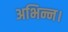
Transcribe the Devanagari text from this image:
अभिन्न।